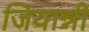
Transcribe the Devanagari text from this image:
जियान्नी